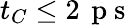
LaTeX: t_{C}\le 2\, \mathrm{~p~s~}